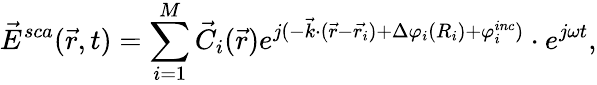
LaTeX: \vec{E}^{sca}(\vec{r},t)=\sum_{i=1}^{M}\vec{C}_{i}(\vec{r})e^{j(-\vec{k}\cdot(\vec{r}-\vec{r_{i}})+\Delta\varphi_{i}(R_{i})+\varphi_{i}^{inc})}\cdot e^{j\omega t},